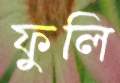
ফুলি